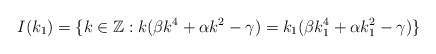
\begin{align*} I(k_1)=\{k\in \mathbb{Z}: k(\beta k^4+\alpha k^2-\gamma)=k_1(\beta k_{1}^{4}+\alpha k_{1}^{2}-\gamma)\}\end{align*}